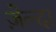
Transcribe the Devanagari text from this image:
ज़ेल्दा